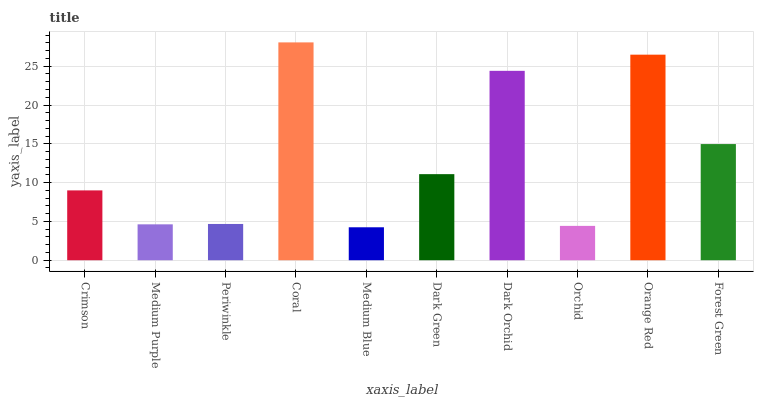
| xaxis_label | bars |
 | --- | --- |
 | Crimson | 9 |
 | Medium Purple | 4.63 |
 | Periwinkle | 4.67 |
 | Coral | 28.1 |
 | Medium Blue | 4.25 |
 | Dark Green | 11.1 |
 | Dark Orchid | 24.4 |
 | Orchid | 4.43 |
 | Orange Red | 26.5 |
 | Forest Green | 15 |